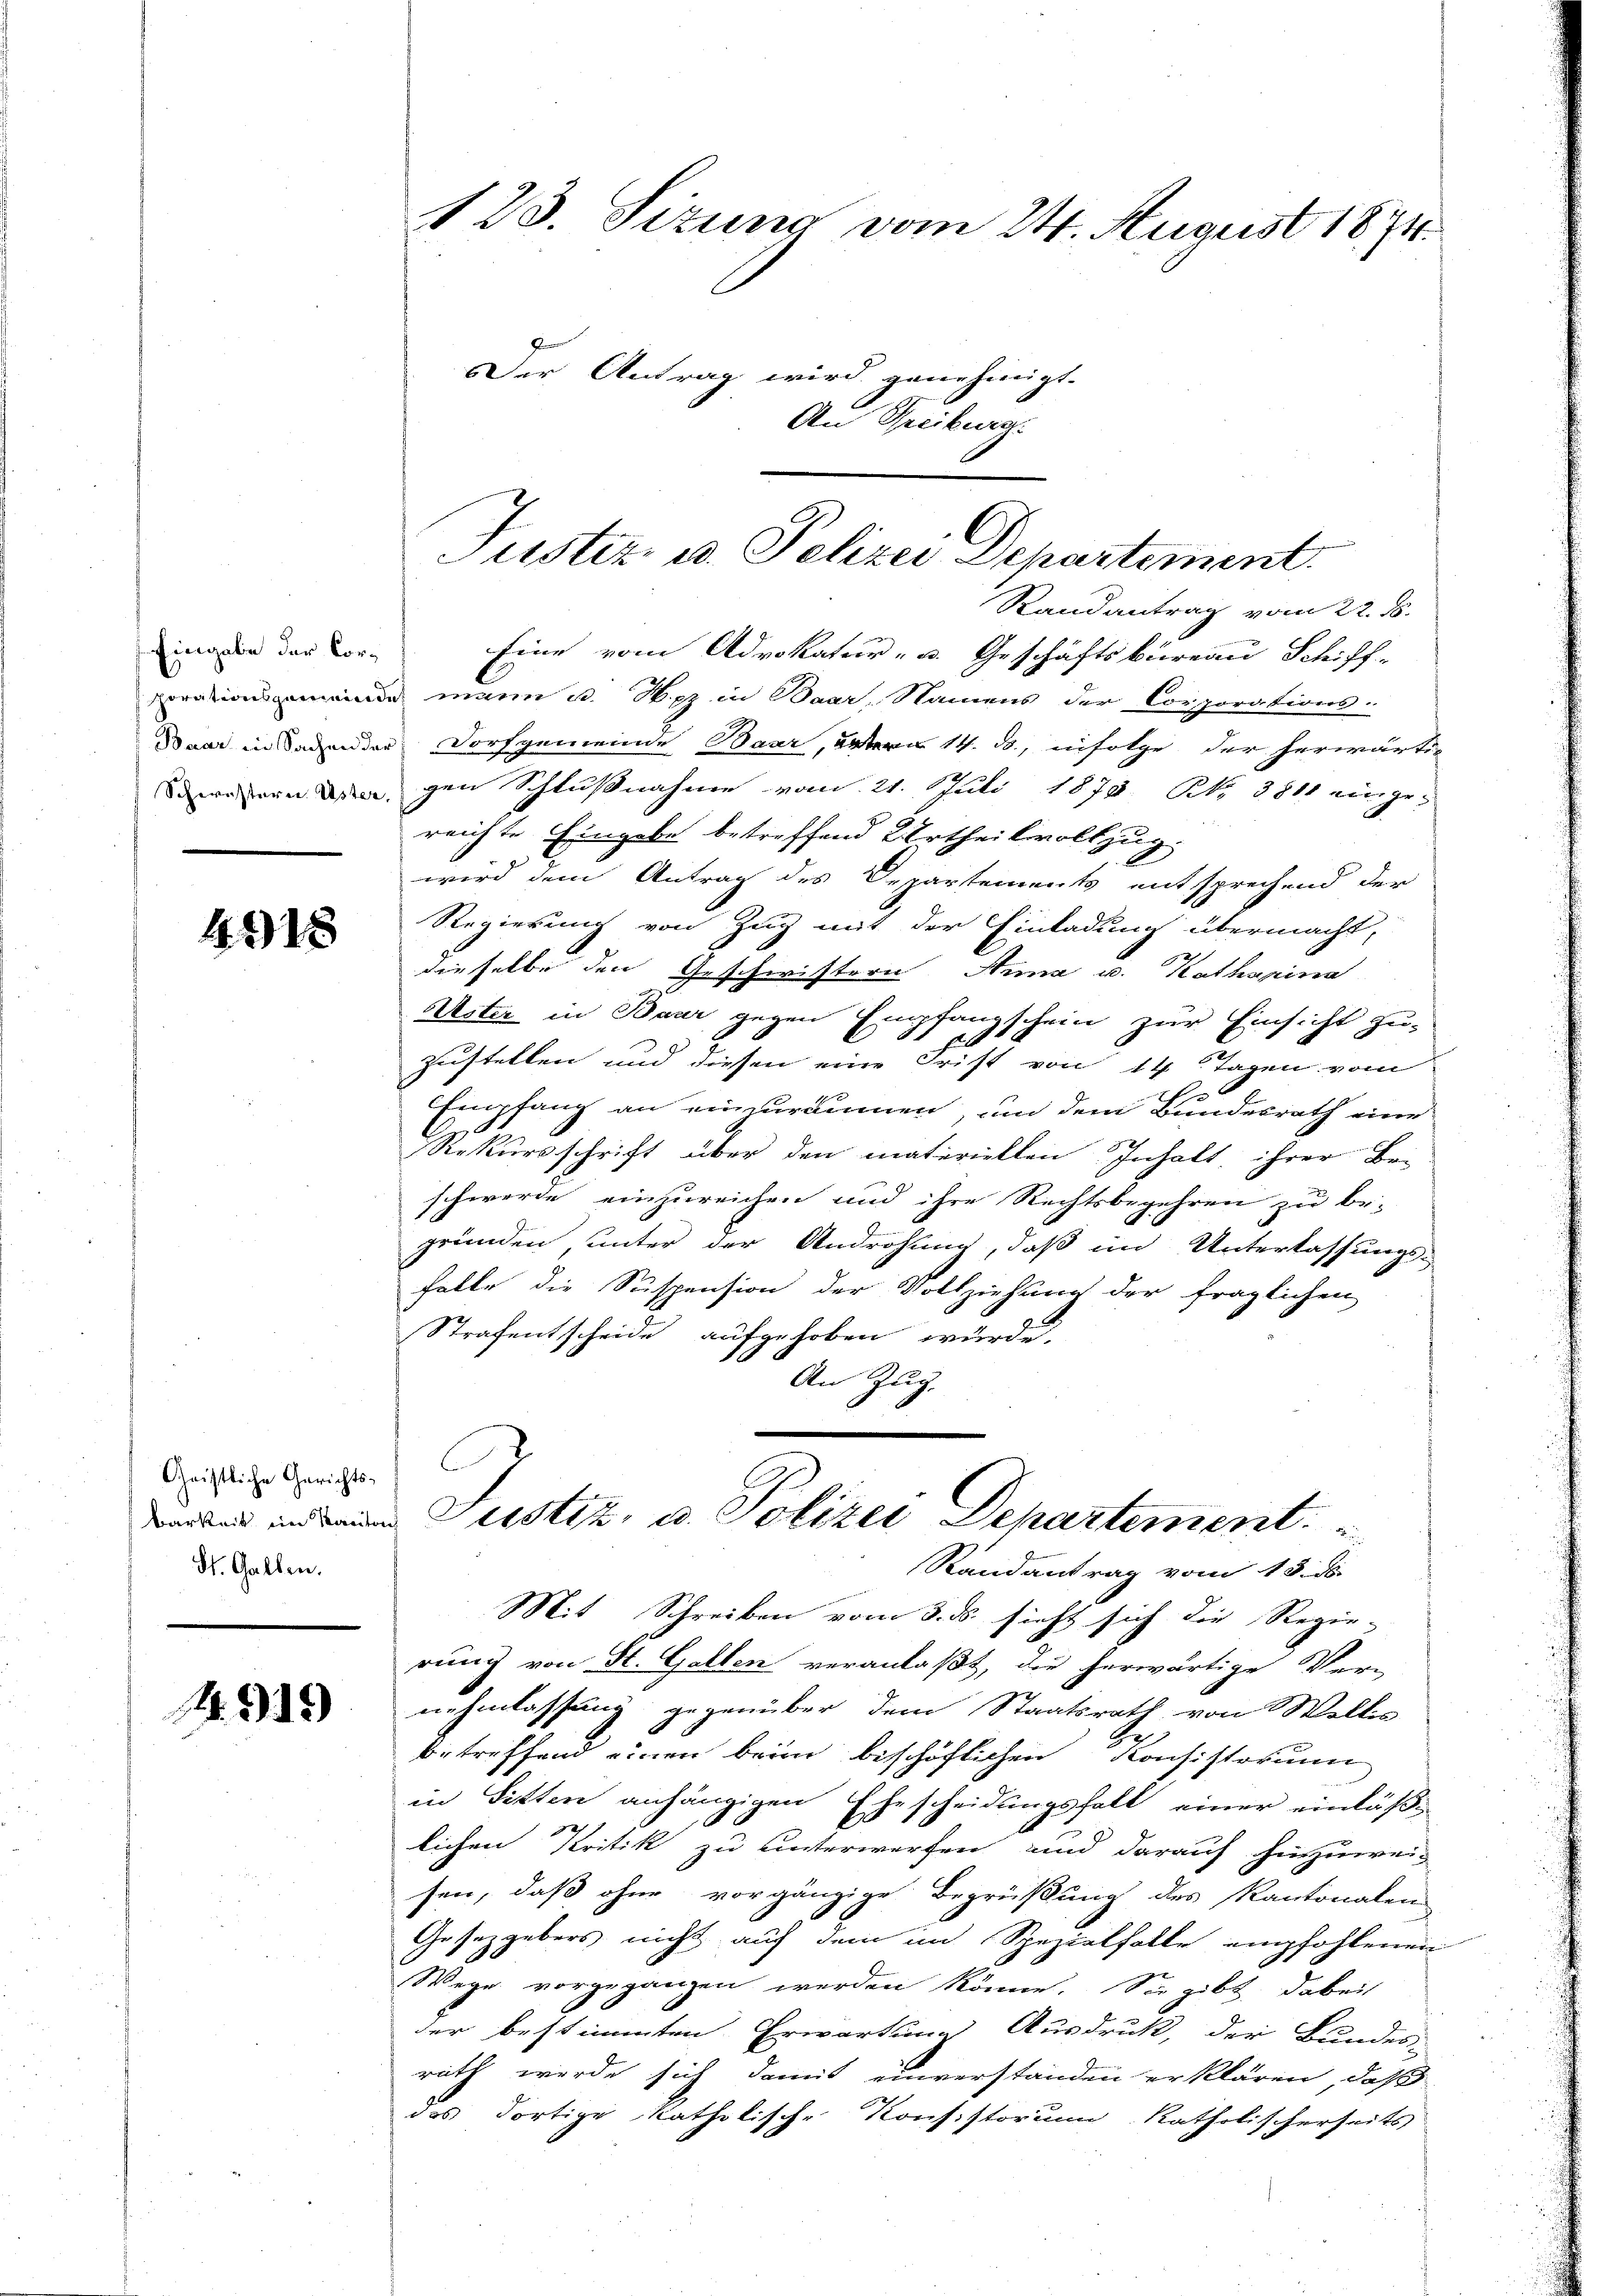
Eingabe der Cor¬
Schorationsgemeind
Baar, in Sachen der
Schwistere Uster.

431

Geistliche Gerichts-
Barkeit ein Kanton
St. Gallen.

1. 919

123. Sizung vom 24. August 1871.
Der Antrag wird genehmigt.
An
treiburg

Justiz u. Polizei Departement

Randantrag vom 22. ds.
Eine vom Advokatur- u. Geschäftsbüreau Schiff-
mann u. Nez in Baar, Namens der Corporations-
Dorfgemeinde Baar, 14. ds., infolge der herwärti-
gen Schlußnahme vom 21. Juli 1875 Rt. 3811 einge-
reichte Eingabe betreffend Urtheilsvollzug.
wird dem Antrag des Departements entsprechend der
Regierung von Zug mit der Einladung übermacht,
dieselbe den Geschwistern Anna u. Katharina
Uster in Baar gegen Empfangschein zur Einsicht zu-
Zustellen und diesen eine Frist von 14 Tagen vom
b
Empfang an einzuräumen, um dem Bundesrath eine
Rekursschrift über den materiellen Inhalt, ihrer Be-
schwerde einzureichen und ihre Rechtsbegehren zu be-
gründen unter der Androhung, daß im Unterlassungs-
halte die Suspension der Vollziehung der fraglichen
Strafentscheide aufgehoben würde.
An Zug.
Justiz, u. Polizei Departement.
Randantrag vom 13. ds.
Mit Schreiben vom 3. ds. sicht sich die Regie-
rung von St. Gallen veranlaßt, die herwärtige Ver-
nehmlassung gegenüber dem Staatsrath von Willis
s
betreffend einen beim beschöflichen Konsistorium
in Sitten anhängigen Ehescheidungshalt einer einläßlichen Kritik zu unterwerfen, und darauf hinzuweis
sen, daß ohne vorgänzige Begrüßung des Kantonalen
Gesetzgebers nicht auf dem im Spezialfalle empfohlenen
Wege vorgegangen werden könne. Sie gibt dabei
der bestimmten Erwartung Ausdruck, der Bundes-
rath werde sich damit einverstanden erklären, daß
das dortige katholische Konsistorum katholischerseits